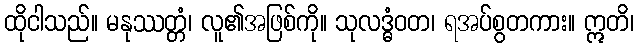
ထိုငါသည်။ မနုဿတ္တံ၊ လူ၏အဖြစ်ကို။ သုလဒ္ဓံဝတ၊ ရအပ်စွတကား။ ဣတိ၊